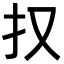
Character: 𭠎